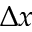
\Delta x